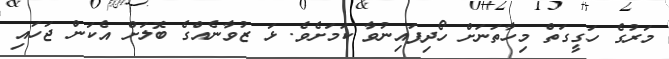
މަރުގެ ހަގީގަތް މިހާތަނަށް ހޯދިފައިނުވާ ކަމަށެވެ. ޅަ ޒުވާނެއްގެ ބޮލަށް އެކަން ޖަހައި